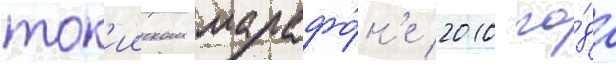
ток'ииском марафо́н'е 2010 го́да